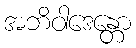
အဘိဝါဒေန္တော